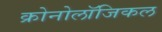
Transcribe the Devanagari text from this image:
क्रोनोलॉजिकल